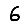
Digit: 6